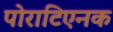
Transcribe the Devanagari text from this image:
पोराटिएनक